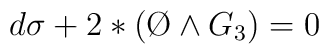
d\sigma + 2 *(\O\wedge G_3) =0